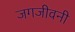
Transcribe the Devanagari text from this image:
जगजीवनी